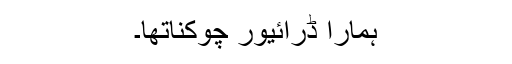
ہمارا ڈرائیور چوکناتھا۔